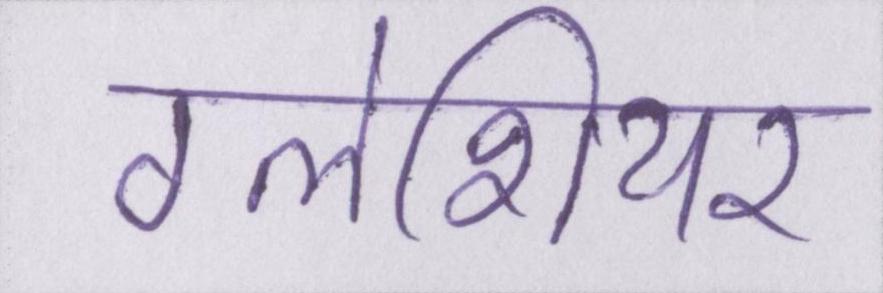
ग्लेशियर